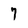
Character: 7